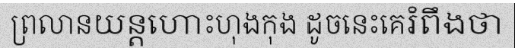
ព្រលានយន្តហោះហុងកុង ដូចនេះគេរំពឹងថា